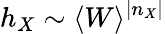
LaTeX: h_{X}\sim\langle W\rangle^{|n_{X}|}